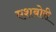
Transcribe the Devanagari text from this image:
एशबोरी